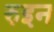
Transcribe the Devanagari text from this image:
रुइन